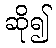
ဆို၍